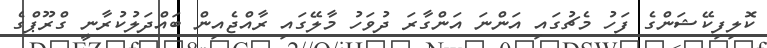
ކޮލިފިކޭޝަންގެ ފަހު މެޗުގައި އަންނަ އަންގާރަ ދުވަހު މާލޭގައި ރާއްޖެއިން ބައްދަލުކުރާނީ ގްރޫޕްގެ